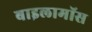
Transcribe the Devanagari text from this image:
बाइलामॉस